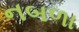
નબળા